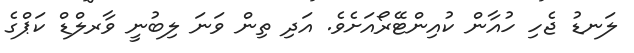
ލަނޑު ޖެހި ހުއާން ކުއިންޓޭރޯއަށެވެ. އަދި ތިން ވަނަ ލިބުނީ ވާރލްޑް ކަޕްގެ